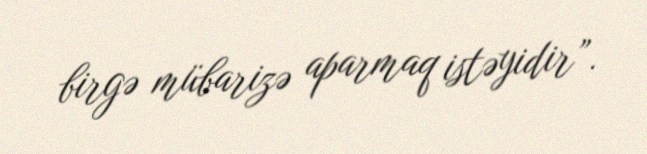
birgə mübarizə aparmaq istəyidir”.